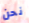
نحن